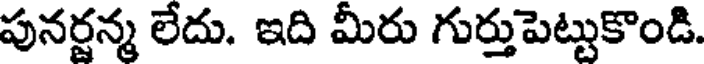
పునర్జన్మ లేదు. ఇది మీరు గుర్తుపెట్టుకొండి.